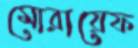
মোরায়েফ